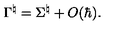
{ \Gamma } ^ { \natural } = { \Sigma } ^ { \natural } + O ( \hbar ) .